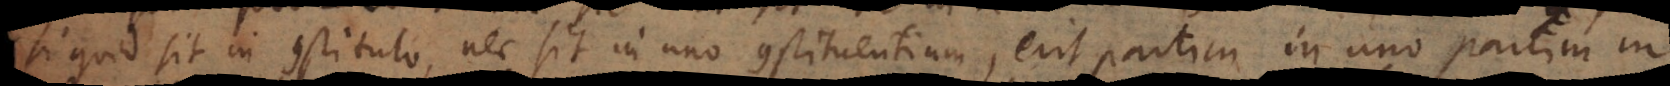
si quid sit in constituto, nec sit in uno constituentium, erit partim in uno partim in